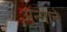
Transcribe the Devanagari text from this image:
अन्गाने